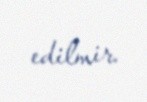
edilmir.